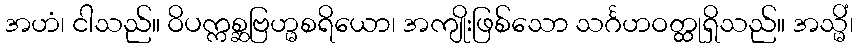
အဟံ၊ ငါသည်။ ဝိပက္ကစ္ဆဗြဟ္မစရိယော၊ အကျိုးဖြစ်သော သင်္ဂဟဝတ္ထုရှိသည်။ အသ္မိံ၊